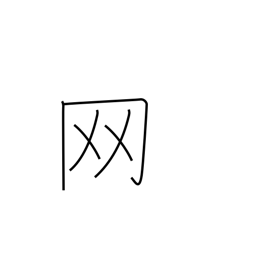
Meaning: net or net crown radical (no. 122)